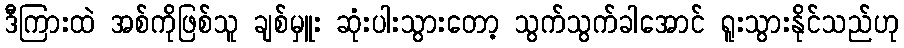
ဒီကြားထဲ အစ်ကိုဖြစ်သူ ချစ်မှူး ဆုံးပါးသွားတော့ သွက်သွက်ခါအောင် ရူးသွားနိုင်သည်ဟု